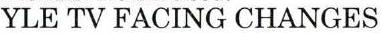
YLE TV FACING CHANGES